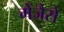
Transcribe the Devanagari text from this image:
मेंजैसे